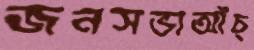
জনসভাআঁচ্